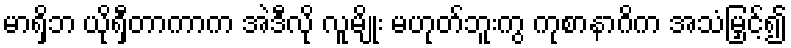
မာရှိဘ ယိုရှီတာကာက အဲဒီလို လူမျိုး မဟုတ်ဘူးကွ ကုစာနာဂိက အသံမြှင့်၍